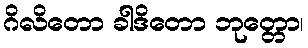
ဂိလိတော ခါဒိတော ဘုတ္တော၊